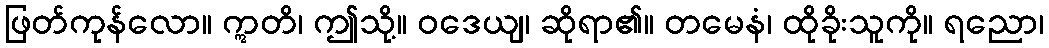
ဖြတ်ကုန်လော။ ဣတိ၊ ဤသို့။ ဝဒေယျ၊ ဆိုရာ၏။ တမေနံ၊ ထိုခိုးသူကို။ ရညော၊